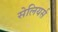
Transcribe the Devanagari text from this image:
सेलियर्स